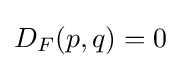
D_{F}(p,q)=0